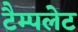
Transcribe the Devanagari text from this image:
टैम्पलेट